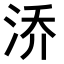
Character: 𭰡